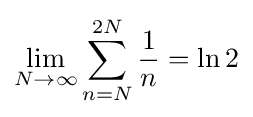
\lim _{N\rightarrow \infty }\sum _{n=N}^{2N}{\frac {1}{n}}=\ln 2